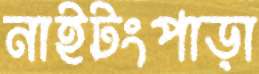
নাইটংপাড়া